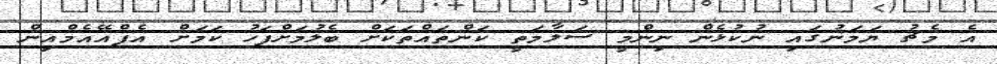
އެ މެޗު ޔަމަނުގައި ނުކުޅެން ނިންމީ ސަލާމަތީ ކަންތައްތަކަށް ބެލުމަށްފަހު ކަމަށް އެފްއޭއެމްއިން